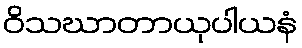
ဝိသဃာတာယုပါယနံ